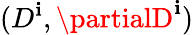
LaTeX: (D^{\mathbf{i}},\partialD^{\mathbf{i}})